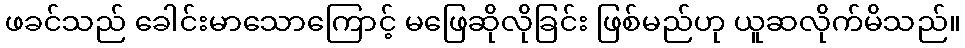
ဖခင်သည် ခေါင်းမာသောကြောင့် မဖြေဆိုလိုခြင်း ဖြစ်မည်ဟု ယူဆလိုက်မိသည်။